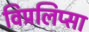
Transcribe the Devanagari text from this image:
विप्रलिप्सा